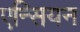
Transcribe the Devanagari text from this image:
एन्सियन